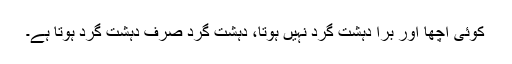
کوئی اچھا اور برا دہشت گرد نہیں ہوتا، دہشت گرد صرف دہشت گرد ہوتا ہے۔